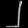
Digit: ၂